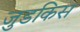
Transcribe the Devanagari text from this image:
जुडकिस